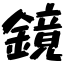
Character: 鏡